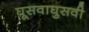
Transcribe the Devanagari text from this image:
घूसवाघुसवी